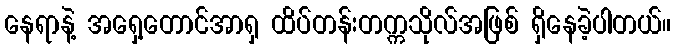
နေရာနဲ့ အရှေ့တောင်အာရှ ထိပ်တန်းတက္ကသိုလ်အဖြစ် ရှိနေခဲ့ပါတယ်။